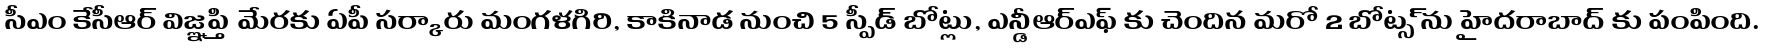
సీఎం కేసీఆర్ విజ్ఞప్తి మేరకు ఏపీ సర్కారు మంగళగిరి, కాకినాడ నుంచి 5 స్పీడ్ బోట్లు, ఎన్డీఆర్ఎఫ్ కు చెందిన మరో 2 బోట్స్ ను హైదరాబాద్ కు పంపింది.